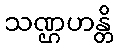
သဏ္ဌဟန္တိ